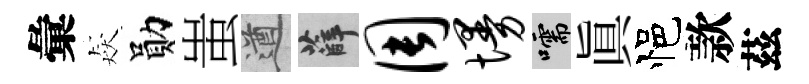
彙猋勛蚩遒薛周墁嚅真悒款茲